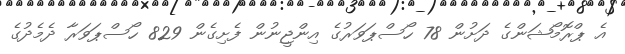
އެ ޕްރޮމޯޝަންގެ ދަށުން 78 ހޯސްޕަވަރުގެ އިންޖީނުން ފެށިގެން 829 ހޯސްޕަވަރާ ދެމެދުގެ